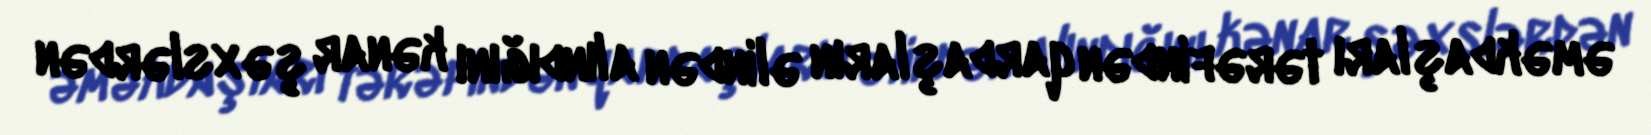
əməkdaşları tərəfindən qardaşların əlindən alındığını kənar şəxslərdən